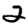
Digit: 2